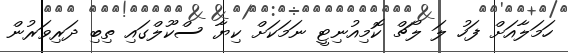
ހަމަލާއަށް ފަހު ލަ ލޯޗް ކޮމިއުނިޓީ ނަމަކަށް ކިޔާ ސްކޫލްގައި ތިބި ދަރިވަރުން